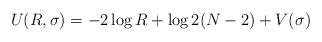
\begin{align*}U(R,\sigma)=-2\log R+\log 2(N-2)+V(\sigma)\end{align*}